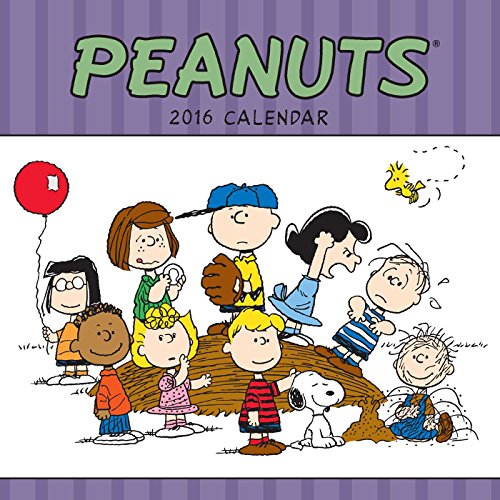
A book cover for Peanuts 2016 Wall Calendar; Peanuts Worldwide LLC; Calendars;